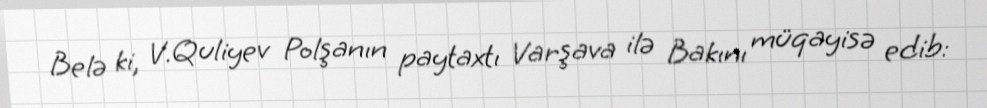
Belə ki, V.Quliyev Polşanın paytaxtı Varşava ilə Bakını müqayisə edib: